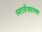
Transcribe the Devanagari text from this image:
स्वरवैभवाच्या